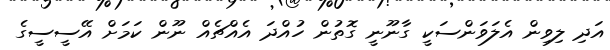
އަދި ލިވިން އެލަވަންސަކީ ގާނޫނީ ގޮތުން ހުއްދަ އެއްޗެއް ނޫން ކަމަށް އޭސީސީގެ